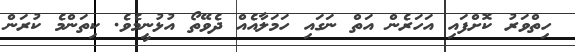
ހިތްވަރު ކޮށްފައި އަހަރެން އަތް ނަގައި ހަމަލާއެއް ދެވޭތޯ އުޅުނީމެވެ. ކިތަންމެ ކުރަން